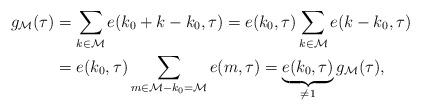
LaTeX: \begin{align*}g_\mathcal{M}(\tau) & = \sum_{k\in\mathcal{M}} e(k_0+k-k_0,\tau) = e(k_0,\tau) \sum_{k\in\mathcal{M}} e(k-k_0,\tau) \\& = e(k_0,\tau) \sum_{m\in \mathcal{M}-k_0=\mathcal{M}} e(m,\tau) = \underbrace{e(k_0,\tau)}_{\neq 1}g_\mathcal{M}(\tau),\end{align*}